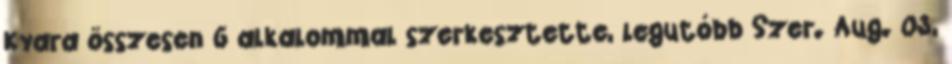
Kyara összesen 6 alkalommal szerkesztette, legutóbb Szer. Aug. 03,